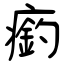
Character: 瘹